Report on sanitation, dispensaries, and jails in Rajputana for 1910, and on vaccination for the year 1910-1911 - 1910-1911
Year: 1910
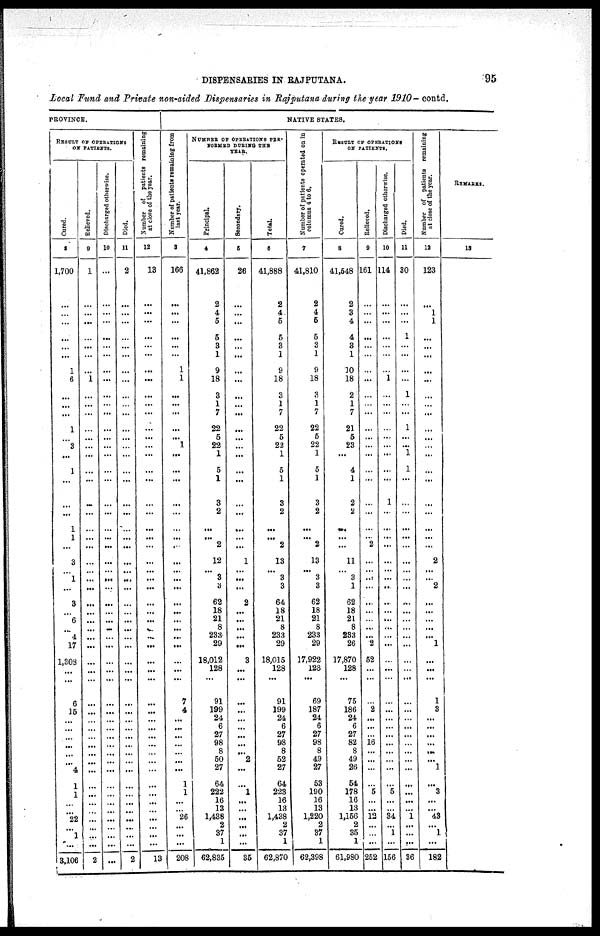
DISPENSARIES IN RAJPUTANA.
95
Local Fund and Private non-aided Dispensaries in Rajputana during the year 1910— contd.
PROVINCE.
RESULT OF OPERATIONS
ON PATIENTS.
Cured.
8
1,700
...
...
...
...
...
...
1
6
...
...
...
1
...
3
...
1
...
...
...
1
1
...
3
...
1
...
3
...
6
...
4
17
1,303
...
...
6
15
...
...
...
...
...
...
4
1
1
...
...
22
...
1
...
3,106
Relieved.
9
1
...
...
...
...
...
...
...
1
...
...
...
...
...
...
...
...
...
...
...
...
...
...
...
...
...
...
...
...
...
...
...
...
...
...
...
...
...
...
...
...
...
...
...
...
...
...
...
...
...
...
...
...
2
Discharged otherwise.
10
...
...
...
...
...
...
...
...
...
...
...
...
...
...
...
...
...
...
...
...
...
...
...
...
...
...
...
...
...
...
...
...
...
...
...
...
...
...
...
...
...
...
...
...
...
...
...
...
...
...
...
...
...
...
Died.
11
2
...
...
...
...
...
...
...
...
...
...
...
...
...
...
...
...
...
...
...
...
...
...
...
...
...
...
...
...
...
...
...
...
...
...
...
...
...
...
...
...
...
...
...
...
...
...
...
...
...
...
...
...
2
Number of patients remaining
at close of the year.
12
13
...
...
...
...
...
...
...
...
...
...
...
...
...
...
...
...
...
...
...
...
...
...
...
...
...
...
...
...
...
...
...
...
...
...
...
...
...
...
...
...
...
...
...
...
...
...
...
...
...
...
...
...
13
NATIVE STATES.
Number of patients remaining from
last year.
3
166
...
...
...
...
...
...
1
1
...
...
...
...
...
1
...
...
...
...
...
...
...
...
...
...
...
...
...
...
...
...
...
...
...
...
...
7
4
...
...
...
...
...
...
...
1
1
...
...
26
...
...
...
208
NUMBER OF OPERATIONS PER¬
FORMED DURING THE
YEAR.
Principal.
4
41,862
2
4
5
5
3
1
9
18
3
1
7
22
5
22
1
5
1
3
2
...
... 2
12
...
3
3
62
18
21
8
233
29
18,012
128
...
91
199
24
6
27
98
8
50
27
64
222
16
13
1,438
2
37
1
62,835
Secondary.
5
26
...
...
...
...
...
...
...
...
...
...
...
...
...
...
...
...
...
...
...
...
...
...
1
...
...
...
2
...
...
...
...
...
3
...
...
...
...
...
...
...
...
...
2
...
...
1
...
...
...
...
...
...
35
Total.
6
41,888
2
4
5
5
3
1
9
18
3
1
7
22
5
22
1
5
1
3
2
...
... 2
13
...
3
3
64
18
21
8
233
29
18,015
128
...
91
199
24
6
27
98
8
52
27
64
223
16
13
1,438
2
37
1
62,870
Number of patients operated on in
columns 4 to 6.
7
41,810
2
4
5
5
3
1
9
18
3
1
7
22
5
22
1
5
1
3
2
...
...
2
13
...
3
3
62
18
21
8
233
29
17,922
128
...
69
187
24
6
27
98
8
49
27
53
190
16
13
1,220
2
37
1
62,398
RESULT OF OPERATIONS
ON PATIENTS.
Cared.
8
41,548
2
3
4
4
3
1
10
18
2
1
7
21
5
23
...
4
1
2
2
...
...
...
11
...
3
1
62
18
21
8
233
26
17,870
128
...
75
186
24
6
27
82
8
49
26
54
178
16
13
1,156
2
35
1
61,980
Relieved.
9
161
...
...
...
...
...
...
...
...
...
...
...
...
...
...
...
...
...
...
...
...
...
2
...
...
...
...
...
...
...
...
...
2
52
...
...
...
2
...
...
...
16
...
...
...
...
5
...
...
12
...
...
...
252
Discharged otherwise.
10
114
...
...
...
...
...
...
...
1
...
...
...
...
...
...
...
...
...
1
...
...
...
...
...
...
...
...
...
...
...
...
...
...
...
...
...
...
...
...
...
...
...
...
...
...
...
5
...
...
34
...
1
...
156
Died.
11
30
...
...
...
1
...
...
...
...
1
...
...
1
...
...
1
1
...
...
...
...
...
...
...
...
...
...
...
...
...
...
...
...
...
...
...
...
...
...
...
...
...
...
...
...
...
...
...
...
1
...
...
...
36
Number of patients remaining
at close of the year.
12
123
...
1
1
...
...
...
...
...
...
...
...
...
...
...
...
...
...
...
...
...
...
...
2
...
...
2
...
...
...
...
...
1
...
...
...
1
3
...
...
...
...
...
...
1
...
3
...
...
43
...
1
...
182
REMARKS.
13